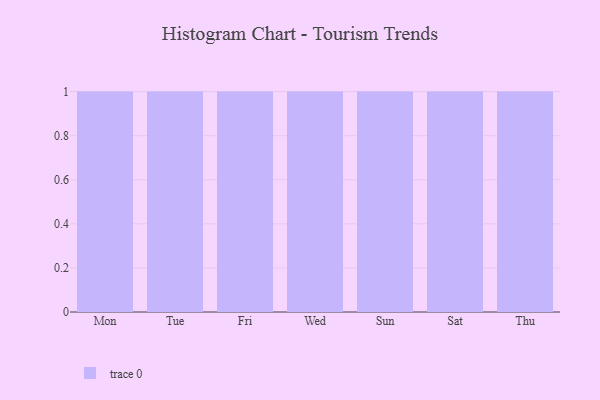
{"axis": {"x": "Day", "y": "Market Share (%)"}, "legend": [""], "data": [{"x": "Mon", "y": 51, "type": ""}, {"x": "Tue", "y": 16, "type": ""}, {"x": "Fri", "y": 10, "type": ""}, {"x": "Wed", "y": 53, "type": ""}, {"x": "Sun", "y": 91, "type": ""}, {"x": "Sat", "y": 49, "type": ""}, {"x": "Thu", "y": 12, "type": ""}]}